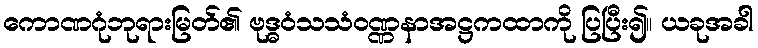
ကောဏဂုံဘုရားမြတ်၏ ဗုဒ္ဓဝံသသံဝဏ္ဏနာအဋ္ဌကထာကို ပြပြီး၍။ ယခုအခါ